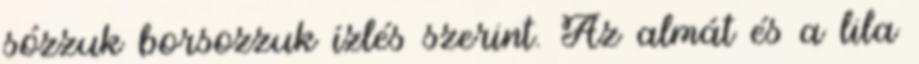
sózzuk borsozzuk ízlés szerint. Az almát és a lila